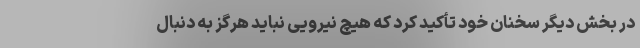
در بخش دیگر سخنان خود تأکید کرد که هیچ نیرویی نباید هرگز به دنبال